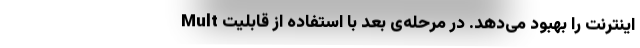
اینترنت را بهبود می‌دهد. در مرحله‌ی بعد با استفاده از قابلیت Mult